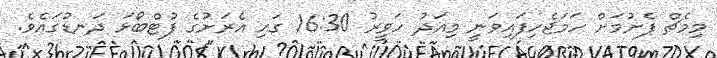
މިމެޗް ފެށުމަށް ހަމަޖެހިފައިވަނީ މިއަދު ހަވީރު 16:30 ގައި އެރަށުގެ ފުޓްބޯޅަ ދަނޑުގައެވެ.